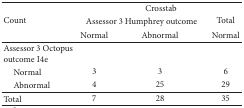
| <ROWSPAN=3> Count | <COLSPAN=3> Crosstab |
 | <COLSPAN=2> Assessor 3 Humphrey outcome | Total |
 | Normal | Abnormal | Normal |
 | --- | --- | --- | --- |
 | Assessor 3 Octopus outcome I4e |  |  |  |
 | Normal | 3 | 3 | 6 |
 | Abnormal | 4 | 25 | 29 |
 | Total | 7 | 28 | 35 |